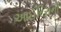
આઈરિસની